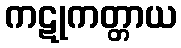
ကဋုကတ္တာယ